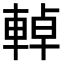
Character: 𨌬